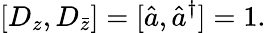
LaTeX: [{D}_{z},D_{\bar{z}}]=[\hat{a},\hat{a}^{\dagger}]=1.